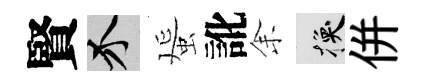
賢介蜑訛𪜬换併